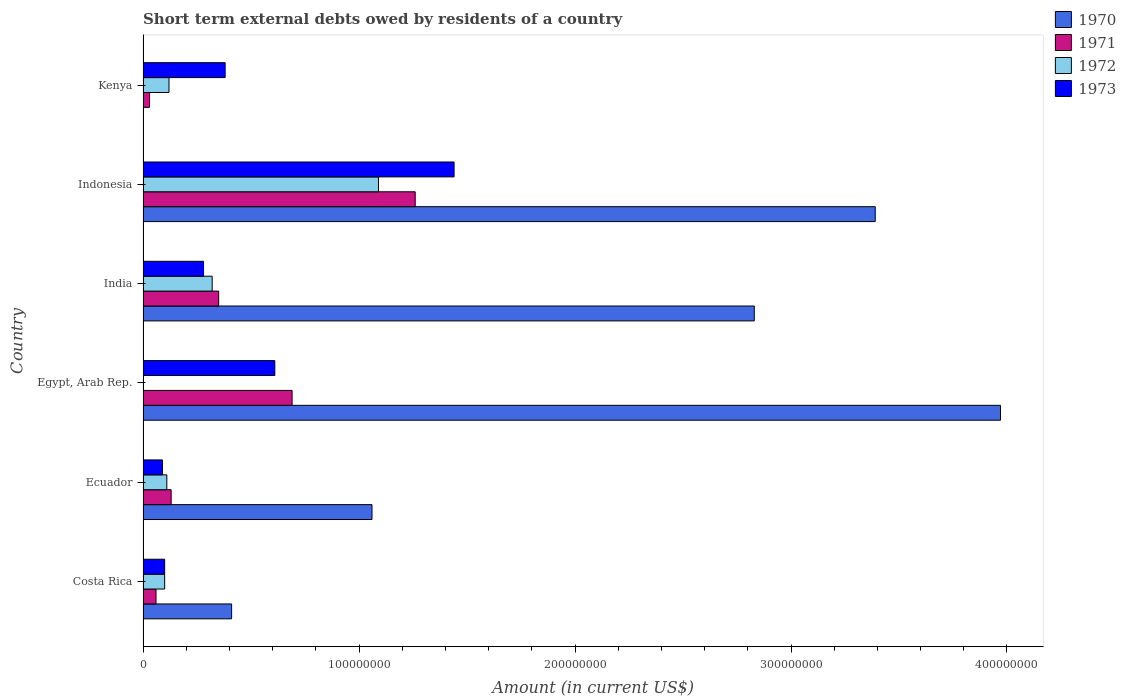
| Country | 1970 | 1971 | 1972 | 1973 |
 | --- | --- | --- | --- | --- |
 | Costa Rica | 4.1e+07 | 6e+06 | 1e+07 | 1e+07 |
 | Ecuador | 1.06e+08 | 1.3e+07 | 1.1e+07 | 9e+06 |
 | Egypt, Arab Rep. | 3.97e+08 | 6.9e+07 | -3e+06 | 6.1e+07 |
 | India | 2.83e+08 | 3.5e+07 | 3.2e+07 | 2.8e+07 |
 | Indonesia | 3.39e+08 | 1.26e+08 | 1.09e+08 | 1.44e+08 |
 | Kenya | -2.25e+08 | 3e+06 | 1.2e+07 | 3.8e+07 |